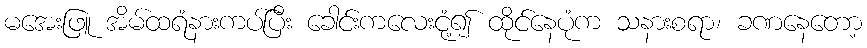
မအေးဖြူ အိမ်ထရံနားကပ်ပြီး ခေါင်းကလေးငုံ့၍ ထိုင်နေပုံက သနားစရာ၊ ခဏနေတော့